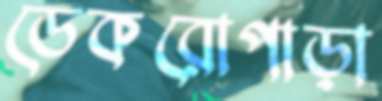
ডেকরোপাড়া